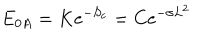
E _ { 0 A } = K \mathrm { e } ^ { - S _ { c } } = C \mathrm { e } ^ { - \sigma L ^ { 2 } }